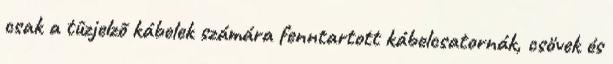
csak a tûzjelzõ kábelek számára fenntartott kábelcsatornák, csövek és